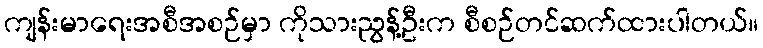
ကျန်းမာရေးအစီအစဉ်မှာ ကိုသားညွန့်ဦးက စီစဉ်တင်ဆက်ထားပါတယ်။